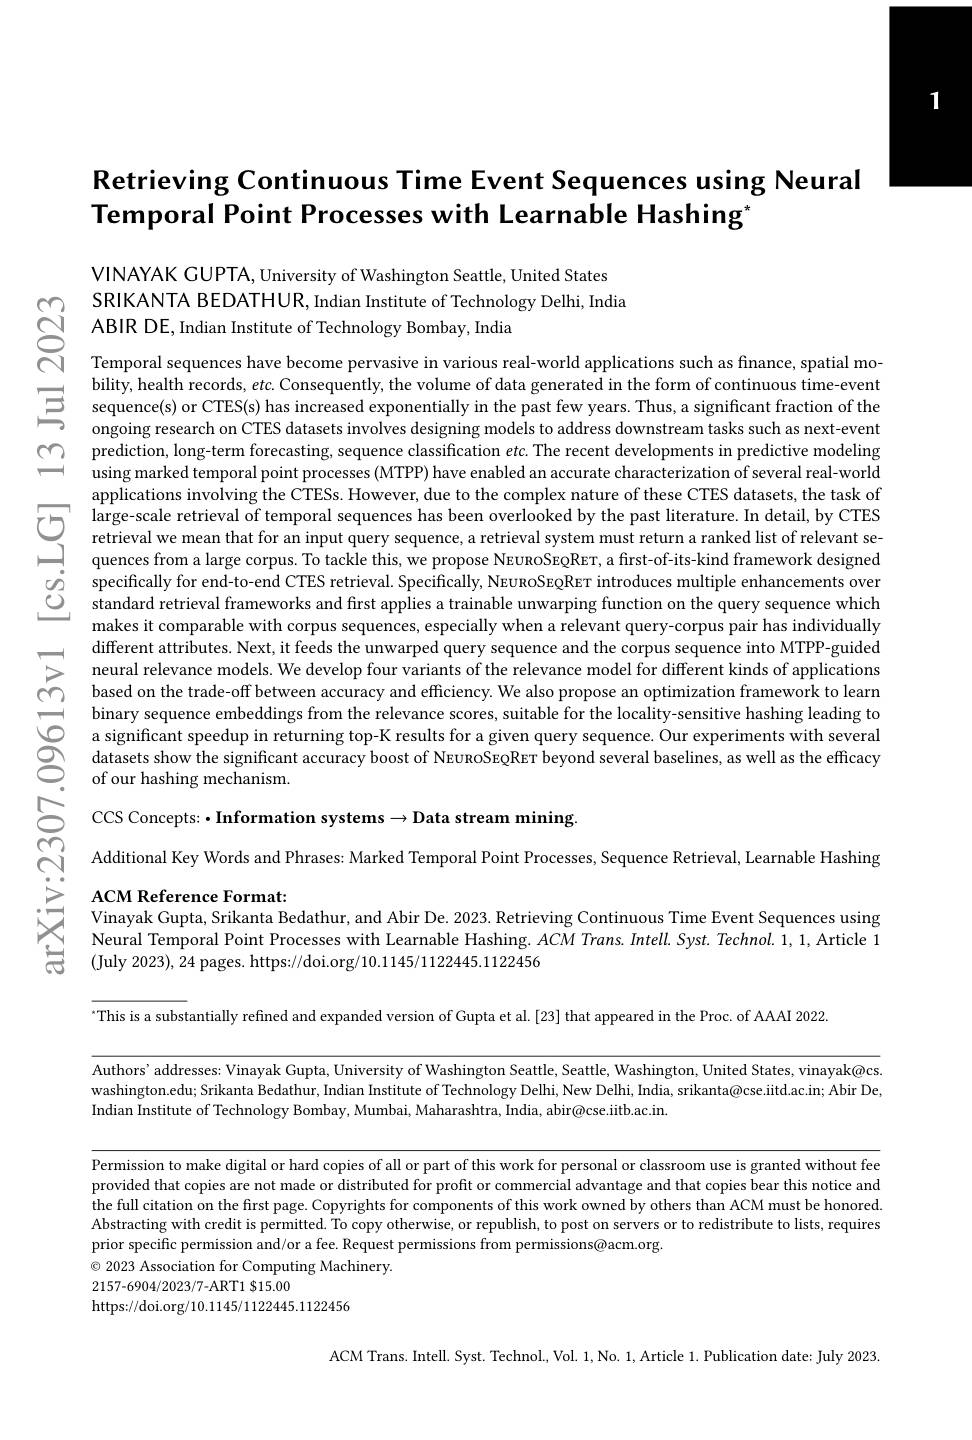
# Retrieving Continuous Time Event Sequences using Neural Temporal Point Processes with Learnable Hashing"

VINAYAK GUPTA, University of Washington Seattle, United States
SRIKANTA BEDATHUR, Indian Institute of Technology Delhi, India CjABIR DE, Indian Institute of Technology Bombay, India Temporal sequences have become pervasive in various real- world applications such as finance, spatial mo-

bility, health records, etc. Consequently, the volume of data generated in the form of continuous time- event sequence( s) or CTES( s) has increased exponentially in the past few years. Thus, a significant fraction of the ongoing res igning models to prediction, long- term forecasting, sequence classification $etc.$The recent developments in predictive modeling using marked temporal point processes ( MTPP) have enabled an accurate characterization of several real- world $\text{applications involving the CTES. However, due thec omplex nature. fTES datasets, the thes takof\textcircled{D} large- scale retrieval of temporal sequenes, has been overlooked by the past therature. In detail, by CTES jetrieval we mean that fora ninput query seque}$
makes it comparable with corpus sequences, especially when a relevant query-corpus pair has individually $\begin{array}{llll}&\text{different ttributes.Next,it fefeast heuwarped query sequence and thec corpus sequence ant MTPP-guiled>\:\text{neurl relevance models.We develop four variants of the relevance model for for diffferent kinds of applications}\\\textcircled{7} \text{basedo nt thetrade-f}}\end{array}$

"This is a substantially refined and expanded version of Gupta et al.[23] that appeared in the Proc. of AAAI 2022.

Authors’addresses: Vinayak Gupta, University of Washington Seattle, Seattle, Washington, United States, vinayak@cs. washington.edu; Srikanta Bedathur, Indian Institute of Technology Delhi, New Delhi, India, srikanta@cse.iitd.ac.in; Abir De, Indian Institute of Technology Bombay, Mumbai, Maharashtra, India, abir@cse.itb.ac.in.

Permission to make digital or hard copies of all or part of this work for personal or classroom use is granted without fee provided that copies are not made or distributed for profit or commercial advantage and that copies bear this notice and the full citation on the first page. Copyrights for components of this work owned by others than ACM must be honored Abstracting with credit is permitted. To copy otherwise, or republish, to post on servers or to redistribute to lists, requires prior specific permission and/or a fee. Request permissions from permissions@acm.org.
$\odot$ 2023 Association for Computing Machinery.
2157-6904/2023/7-ART1 $15.00
https://doi.org/10.1145/1122445.1122456

ACM Trans. Intell. Syst. Technol., Vol. 1, No. 1, Article 1. Publication date: July 2023.